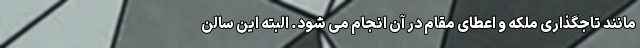
مانند تاجگذاری ملکه و اعطای مقام در آن انجام می شود. البته این سالن